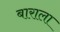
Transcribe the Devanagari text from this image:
बाराला